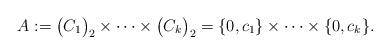
LaTeX: \begin{align*}A := \bigl( C_1 \bigr)_2\times \dotsb \times \bigl( C_k \bigr)_2 = \{0,c_1\}\times \dotsb\times \{0,c_k\}.\end{align*}